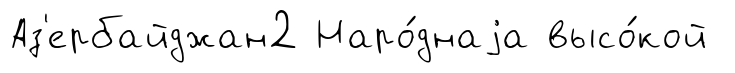
Аз'ербайджан2 Наро́днаjа высо́кой